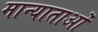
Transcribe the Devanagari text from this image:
मान्याताओं